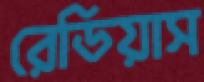
রেডিয়াস